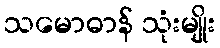
သမောဓာန် သုံးမျိုး